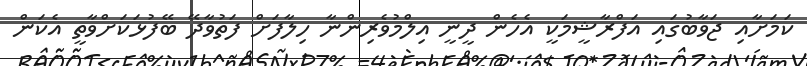
ކަމަށާއި ޖަވާބުގައި އަފްރާޝީމަކީ އެހެން ދީނީ އިލްމުވެރިންނާ ހިލާފަށް ފަތުވާދޭ ބޭފުޅަކަށްވާތީ އެކަން